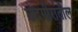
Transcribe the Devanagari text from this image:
उदगीरातील